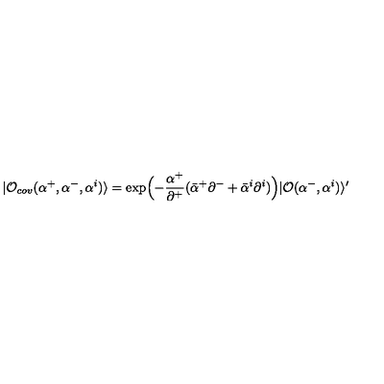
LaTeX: | { \cal O } _ { c o v } ( \alpha ^ { + } , \alpha ^ { - } , \alpha ^ { i } ) \rangle = \exp \Bigl ( - \frac { \alpha ^ { + } } { \partial ^ { + } } ( \bar { \alpha } ^ { + } \partial ^ { - } + \bar { \alpha } ^ { i } \partial ^ { i } ) \Bigr ) | { \cal O } ( \alpha ^ { - } , \alpha ^ { i } ) \rangle ^ { \prime }